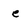
Character: e